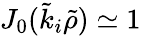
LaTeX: J_{0}(\tilde{k}_{i}\tilde{\rho})\simeq 1